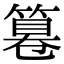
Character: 篹